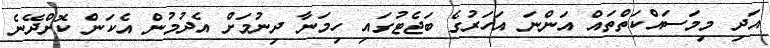
އަދި މިމަސައްކަތްތައް އަންނަ އަހަރުގެ ބަޖެޓުގައި ހިމަނާ ދިނުމަށް އެދުމުން އެކަން ކޮށްދޭނެ